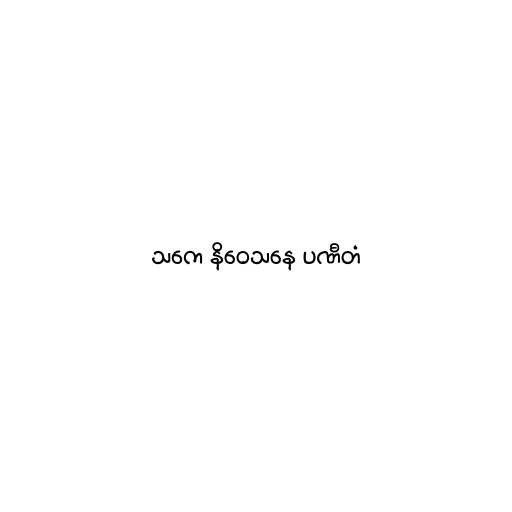
သကေ နိဝေသနေ ပဏီတံ